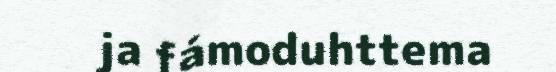
ja fámoduhttema